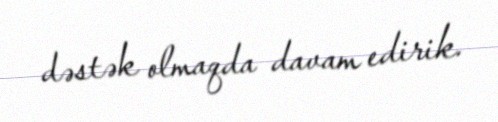
dəstək olmaqda davam edirik.